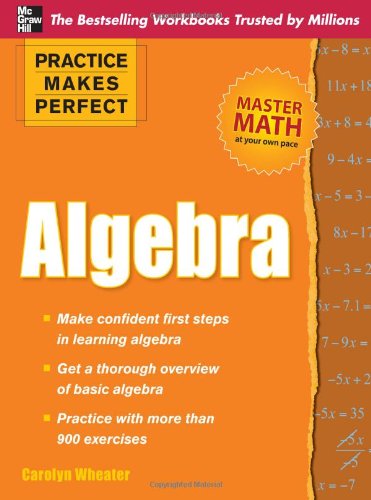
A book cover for Practice Makes Perfect Algebra (Practice Makes Perfect (McGraw-Hill)); Carolyn Wheater; Education & Teaching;